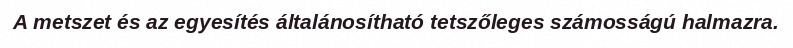
A metszet és az egyesítés általánosítható tetszőleges számosságú halmazra.